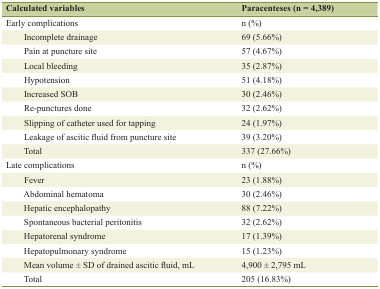
<table><thead><tr><td><b>Calculated variables</b></td><td><b>Paracenteses (n = 4,389)</b></td></tr></thead><tbody><tr><td>Early complications</td><td>n (%)</td></tr><tr><td>Incomplete drainage</td><td>69 (5.66%)</td></tr><tr><td>Pain at puncture site</td><td>57 (4.67%)</td></tr><tr><td>Local bleeding</td><td>35 (2.87%)</td></tr><tr><td>Hypotension</td><td>51 (4.18%)</td></tr><tr><td>Increased SOB</td><td>30 (2.46%)</td></tr><tr><td>Re-punctures done</td><td>32 (2.62%)</td></tr><tr><td>Slipping of catheter used for tapping</td><td>24 (1.97%)</td></tr><tr><td>Leakage of ascitic fluid from puncture site</td><td>39 (3.20%)</td></tr><tr><td>Total</td><td>337 (27.66%)</td></tr><tr><td>Late complications</td><td>n (%)</td></tr><tr><td>Fever</td><td>23 (1.88%)</td></tr><tr><td>Abdominal hematoma</td><td>30 (2.46%)</td></tr><tr><td>Hepatic encephalopathy</td><td>88 (7.22%)</td></tr><tr><td>Spontaneous bacterial peritonitis</td><td>32 (2.62%)</td></tr><tr><td>Hepatorenal syndrome</td><td>17 (1.39%)</td></tr><tr><td>Hepatopulmonary syndrome</td><td>15 (1.23%)</td></tr><tr><td>Mean volume ± SD of drained ascitic fluid, mL</td><td>4,900 ± 2,795 mL</td></tr><tr><td>Total</td><td>205 (16.83%)</td></tr></tbody></table>